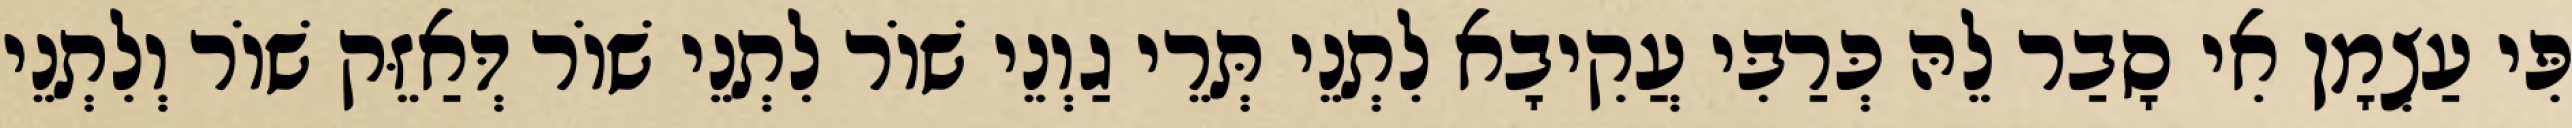
פִּי עַצְמָן אִי סָבַר לֵהּ כְּרַבִּי עֲקִיבָא לִתְנֵי תְּרֵי גַוְנֵי שׁוֹר לִתְנֵי שׁוֹר דְּאַזֵּק שׁוֹר וְלִתְנֵי